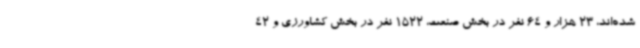
شده‌اند، 23 هزار و 64 نفر در بخش صنعت، 1522 نفر در بخش کشاورزی و 42